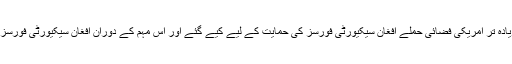
سیگار نے پیش کردہ رپورٹ میں اس بات کا بھی ذکر کیا ہے کہ اگست میں پالیسی کے اعلان کے بعد زیادہ تر امریکی فضائی حملے افغان سیکیورٹی فورسز کی حمایت کے لیے کیے گئے اور اس مہم کے دوران افغان سیکیورٹی فورسز اے 29 ایئرکرافٹ استعمال کر رہی ہے جبکہ اسے امریکی فضائی کی جانب سے بی 52 ایس، ایف/اے۔